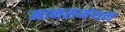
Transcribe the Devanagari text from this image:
मानसमंथन